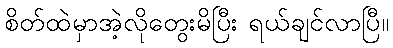
စိတ်ထဲမှာအဲ့လိုတွေးမိပြီး ရယ်ချင်လာပြီ။